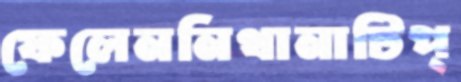
ফেলেননিথানাটিপ্